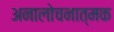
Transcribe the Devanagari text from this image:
अनालोचनात्मक